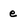
Character: e